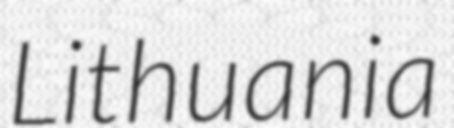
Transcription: Lithuania